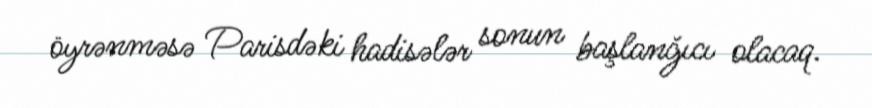
öyrənməsə Parisdəki hadisələr sonun başlanğıcı olacaq.